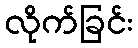
လိုက်ခြင်း